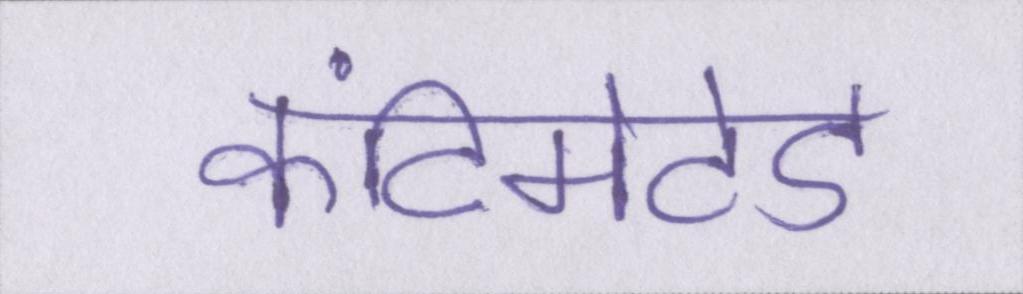
कंटिमेटेड